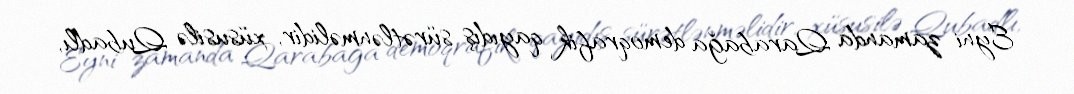
Eyni zamanda Qarabağa demoqrafik qayıdış sürətlənməlidir, xüsusilə Qubadlı,